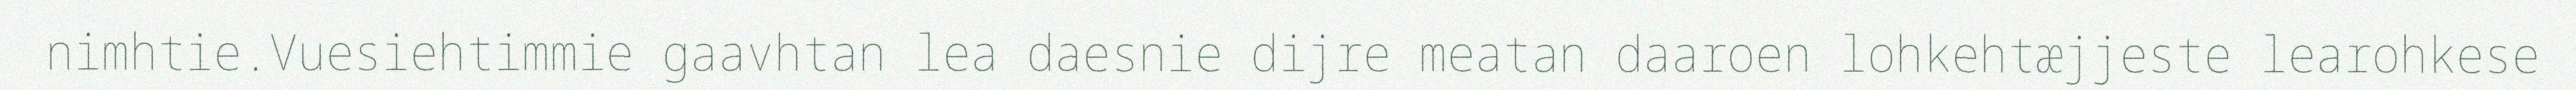
nimhtie.Vuesiehtimmie gaavhtan lea daesnie dijre meatan daaroen lohkehtæjjeste learohkese